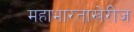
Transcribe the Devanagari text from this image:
महाभारताखेरीज